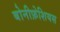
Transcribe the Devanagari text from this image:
बोनीफ़ेशियस